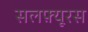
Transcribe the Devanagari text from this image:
सलफ़्यूरस